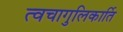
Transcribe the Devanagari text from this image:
त्वचागुलिकार्ति